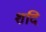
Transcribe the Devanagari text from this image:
शदि